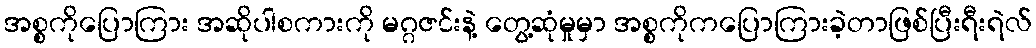
အစ္စကိုပြောကြား အဆိုပါစကားကို မဂ္ဂဇင်းနဲ့ တွေ့ဆုံမှုမှာ အစ္စကိုကပြောကြားခဲ့တာဖြစ်ပြီးရီးရဲလ်